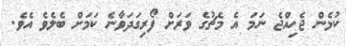
ކުޅެން ޖެހިއްޖެ ނަމަ އެ މެޗުގެ ވަރަށް ފޯރިގަދަވާނެ ކަމަށް ބެލެވެ އެވެ.